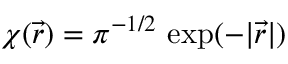
\chi ( \vec { r } ) = \pi ^ { - 1 / 2 } \, \exp ( - | \vec { r } | )